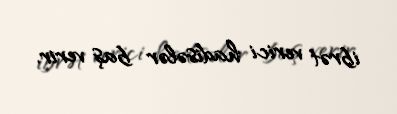
ibrət verici hadisələr baş verir.